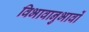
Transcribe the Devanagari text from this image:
विभावानुभावों